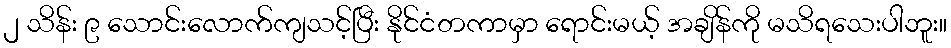
၂ သိန်း ၉ သောင်းလောက်ကျသင့်ပြီး နိုင်ငံတကာမှာ ရောင်းမယ့် အချိန်ကို မသိရသေးပါဘူး။